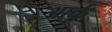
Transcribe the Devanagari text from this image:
आर्कू